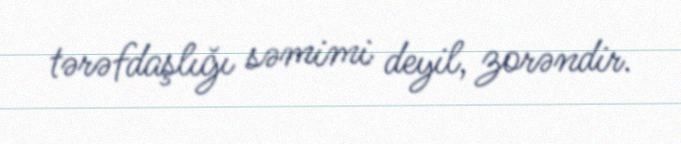
tərəfdaşlığı səmimi deyil, zorəndir.